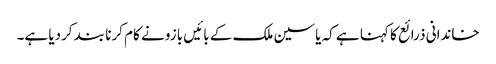
خاندانی ذرائع کا کہنا ہے کہ یاسین ملک کے بائیں بازو نے کام کرنا بند کردیا ہے۔